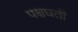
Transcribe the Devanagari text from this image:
पक्षघती